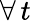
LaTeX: \forall\, t\,